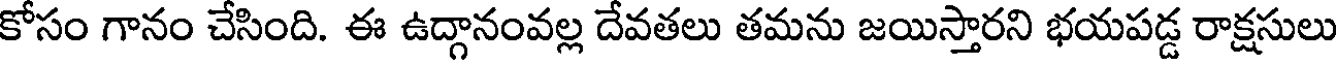
కోసం గానం చేసింది. ఈ ఉద్గానంవల్ల దేవతలు తమను జయిస్తారని భయపడ్డ రాక్షసులు